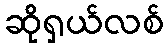
ဆိုရှယ်လစ်